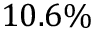
1 0 . 6 \%